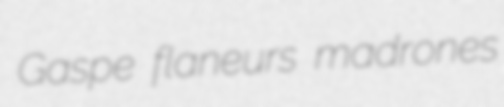
Gaspe flaneurs madrones